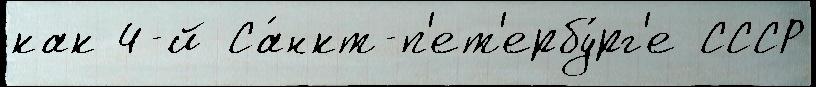
как 4-й Са́нкт-п'ет'ербу́рг'е СССР